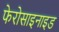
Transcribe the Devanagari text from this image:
फेरोसाइनाइड